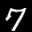
Digit: 7